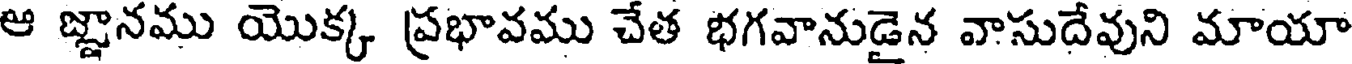
ఆ జ్ఞానము యొక్క ప్రభావము చేత భగవానుడైన వాసుదేవుని మాయా